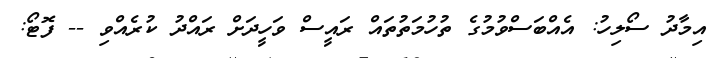
އިމާދު ސޯލިހު: އެއްބަސްވުމުގެ ތުހުމަތުތައް ރައީސް ވަހީދަށް ރައްދު ކުރެއްވި -- ފޮޓޯ: